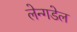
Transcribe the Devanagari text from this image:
लेन्गडेल